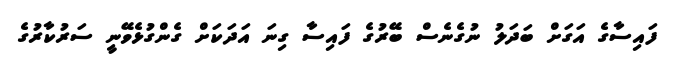
ފައިސާގެ އަގަށް ބަދަލު ނުގެނެސް ބޭރުގެ ފައިސާ ގިނަ އަދަކަށް ގެންގުޅެވޭނީ ސަރުކާރުގެ